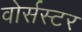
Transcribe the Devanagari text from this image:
वोर्सस्टर